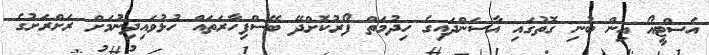
އެސްޓީއޯ އިން ބުނި ގޮތުގައި އާސަންދައިގެ ހިދުމަތް ފޯރުކޮށްދޭ ބޭސްފިހާރަތައް ހުޅުވައިދިނުމަށް ރަށްރަށުގެ